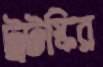
ট্রটস্কির